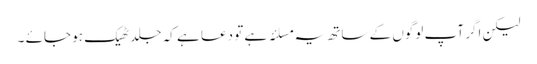
لیکن اگر آپ لوگوں کے ساتھ یہ مسلئہ ہے تو دعا ہے کہ جلد ٹھیک ہو جائے ۔